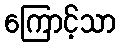
ကြောင့်သာ